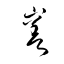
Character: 嵳